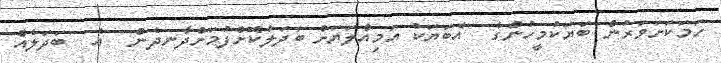
ހަމަކަށަވަރުން ބަޔަކުމީހުންގެ  އެބަޔަކު އަމިއްލަޔަށް ބަދަލުކޮށްފުމަށްދާނދެން  އެ  ބަދަލެއް